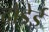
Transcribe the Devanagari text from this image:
दोडेई